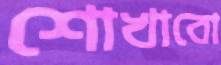
শোখাবো